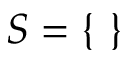
S = \{ \ \}